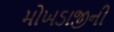
મોખડાજીની